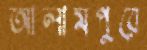
আলামপুরে